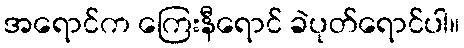
အရောင်က ကြေးနီရောင် ခဲပုတ်ရောင်ပါ။